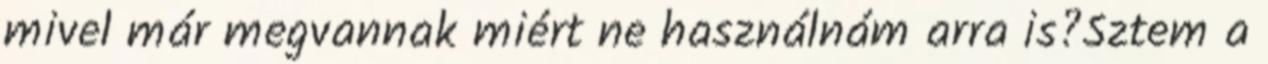
mivel már megvannak miért ne használnám arra is?Sztem a